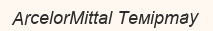
ArcelorMittal Теміртау